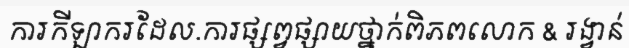
ការកីឡាករដែល.ការផ្សព្វផ្សាយថ្នាក់ពិភពលោក & រង្វាន់